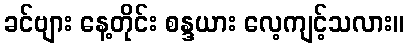
ခင်ဗျား နေ့တိုင်း စန္ဒယား လေ့ကျင့်သလား။